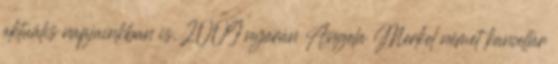
aktuális napjainkban is. 2009 nyarán Angela Merkel német kancellár